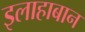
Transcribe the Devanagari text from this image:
इलाहाबान